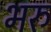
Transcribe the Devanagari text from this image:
भरु